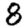
Digit: 8